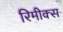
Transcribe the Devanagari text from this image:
रिमीक्स